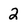
Character: 2